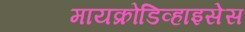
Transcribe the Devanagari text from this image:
मायक्रोडिव्हाइसेस